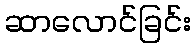
ဆာလောင်ခြင်း